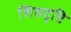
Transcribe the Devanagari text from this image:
शिवदृष्टि